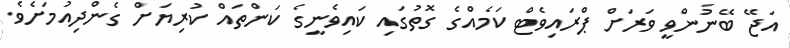
އަޖޭ ބޭނުންވީ ވަރަށް ޕްރައިވެޓް ކަމެއްގެ ގޮތުގައި ކައިވެނީގެ ކަންތައް ކުރިޔަށް ގެންދިއުމަށެވެ.